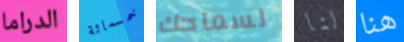
الدراما خمسمائة لسماحك لنا هنا